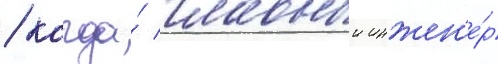
/ когда́ главныи инжен'е́р